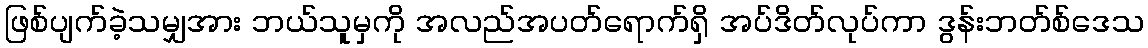
ဖြစ်ပျက်ခဲ့သမျှအား ဘယ်သူမှကို အလည်အပတ်ရောက်ရှိ အပ်ဒိတ်လုပ်ကာ ဒွန်းဘတ်စ်ဒေသ